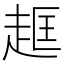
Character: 𧻔